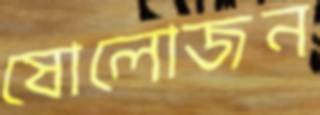
ষোলোজন